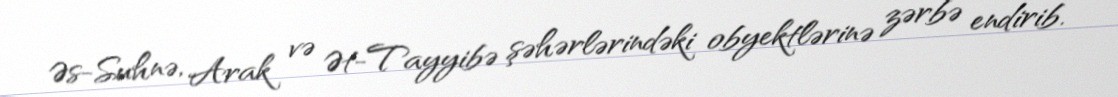
Əs-Suhnə, Arak və Ət-Tayyibə şəhərlərindəki obyektlərinə zərbə endirib.